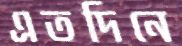
এতদিনে